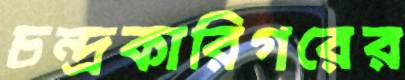
চন্দ্রকারিগরের